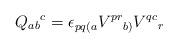
LaTeX: \begin{align*}Q_{ab}{}^c=\epsilon_{pq(a}V^{pr}{}_{b)}V^{qc}{}_r\end{align*}